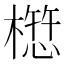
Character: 𭬁